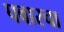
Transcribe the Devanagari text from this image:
पवारचा